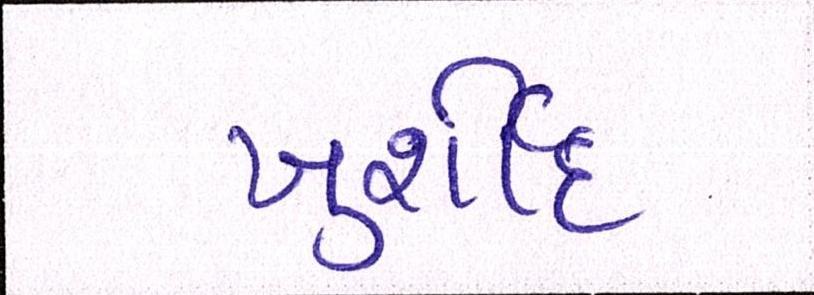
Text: ખુર્શીદ